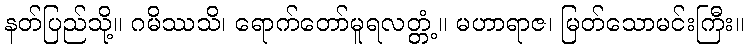
နတ်ပြည်သို့။ ဂမိဿသိ၊ ရောက်တော်မူရလတ္တံ့။ မဟာရာဇ၊ မြတ်သောမင်းကြီး။